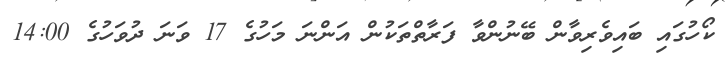
ކޯހުގައި ބައިވެރިވާން ބޭނުންވާ ފަރާތްތަކުން އަންނަ މަހުގެ 17 ވަނަ ދުވަހުގެ 14:00